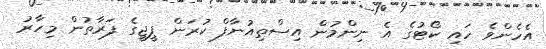
އެހެންވެ ހައި ކޯޓުގެ އެ ނިންމުން އިސްތިއުނާފް ކުރަން ޕީޖީގެ ފަރާތުން މިހާރު